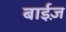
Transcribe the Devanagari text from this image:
बाईज़